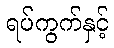
ရပ်ကွက်နှင့်